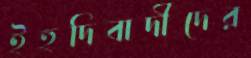
ইহুদিবাদীদের